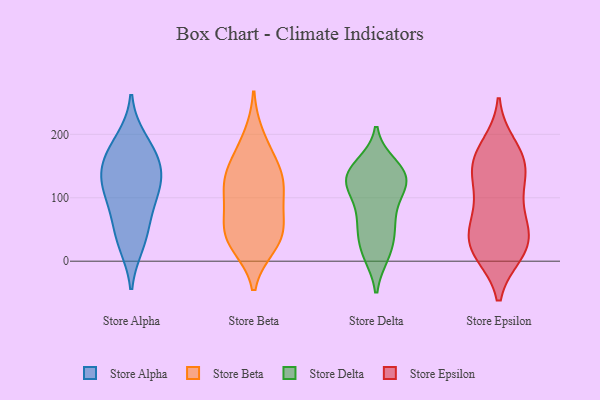
{"axis": {"x": "Satisfaction Score", "y": "Value"}, "legend": ["Store Alpha", "Store Beta", "Store Delta", "Store Epsilon"], "data": [{"x": "", "y": 133, "type": "Store Alpha"}, {"x": "", "y": 166, "type": "Store Alpha"}, {"x": "", "y": 76, "type": "Store Alpha"}, {"x": "", "y": 105, "type": "Store Alpha"}, {"x": "", "y": 137, "type": "Store Alpha"}, {"x": "", "y": 41, "type": "Store Alpha"}, {"x": "", "y": 28, "type": "Store Alpha"}, {"x": "", "y": 164, "type": "Store Alpha"}, {"x": "", "y": 114, "type": "Store Alpha"}, {"x": "", "y": 190, "type": "Store Alpha"}, {"x": "", "y": 108, "type": "Store Beta"}, {"x": "", "y": 112, "type": "Store Beta"}, {"x": "", "y": 197, "type": "Store Beta"}, {"x": "", "y": 34, "type": "Store Beta"}, {"x": "", "y": 124, "type": "Store Beta"}, {"x": "", "y": 47, "type": "Store Beta"}, {"x": "", "y": 129, "type": "Store Beta"}, {"x": "", "y": 64, "type": "Store Beta"}, {"x": "", "y": 30, "type": "Store Beta"}, {"x": "", "y": 149, "type": "Store Beta"}, {"x": "", "y": 162, "type": "Store Beta"}, {"x": "", "y": 70, "type": "Store Beta"}, {"x": "", "y": 25, "type": "Store Beta"}, {"x": "", "y": 132, "type": "Store Delta"}, {"x": "", "y": 81, "type": "Store Delta"}, {"x": "", "y": 113, "type": "Store Delta"}, {"x": "", "y": 22, "type": "Store Delta"}, {"x": "", "y": 119, "type": "Store Delta"}, {"x": "", "y": 114, "type": "Store Delta"}, {"x": "", "y": 140, "type": "Store Delta"}, {"x": "", "y": 11, "type": "Store Delta"}, {"x": "", "y": 142, "type": "Store Delta"}, {"x": "", "y": 139, "type": "Store Delta"}, {"x": "", "y": 11, "type": "Store Delta"}, {"x": "", "y": 54, "type": "Store Delta"}, {"x": "", "y": 52, "type": "Store Delta"}, {"x": "", "y": 63, "type": "Store Delta"}, {"x": "", "y": 127, "type": "Store Delta"}, {"x": "", "y": 151, "type": "Store Delta"}, {"x": "", "y": 39, "type": "Store Epsilon"}, {"x": "", "y": 140, "type": "Store Epsilon"}, {"x": "", "y": 16, "type": "Store Epsilon"}, {"x": "", "y": 148, "type": "Store Epsilon"}, {"x": "", "y": 181, "type": "Store Epsilon"}, {"x": "", "y": 19, "type": "Store Epsilon"}, {"x": "", "y": 14, "type": "Store Epsilon"}, {"x": "", "y": 23, "type": "Store Epsilon"}, {"x": "", "y": 165, "type": "Store Epsilon"}, {"x": "", "y": 133, "type": "Store Epsilon"}, {"x": "", "y": 80, "type": "Store Epsilon"}, {"x": "", "y": 162, "type": "Store Epsilon"}, {"x": "", "y": 65, "type": "Store Epsilon"}, {"x": "", "y": 46, "type": "Store Epsilon"}, {"x": "", "y": 103, "type": "Store Epsilon"}]}